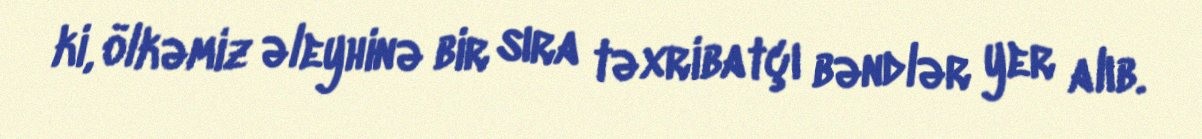
ki, ölkəmiz əleyhinə bir sıra təxribatçı bəndlər yer alıb.